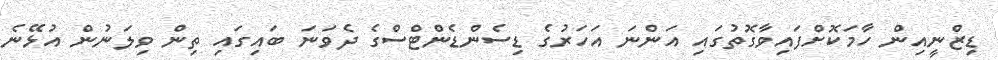
ޑިޒްނީއިން ހާމަކޮށްފައިވާގޮތުގައި އަންނަ އަހަރުގެ ޑިސެންޑެންޓްސްގެ ދެވަނަ ބައިގައި ތިން ވިލަނުން އުޅޭނެ